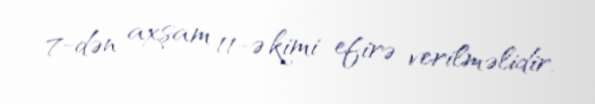
7-dən axşam 11-ə kimi efirə verilməlidir.